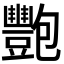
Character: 𬤺